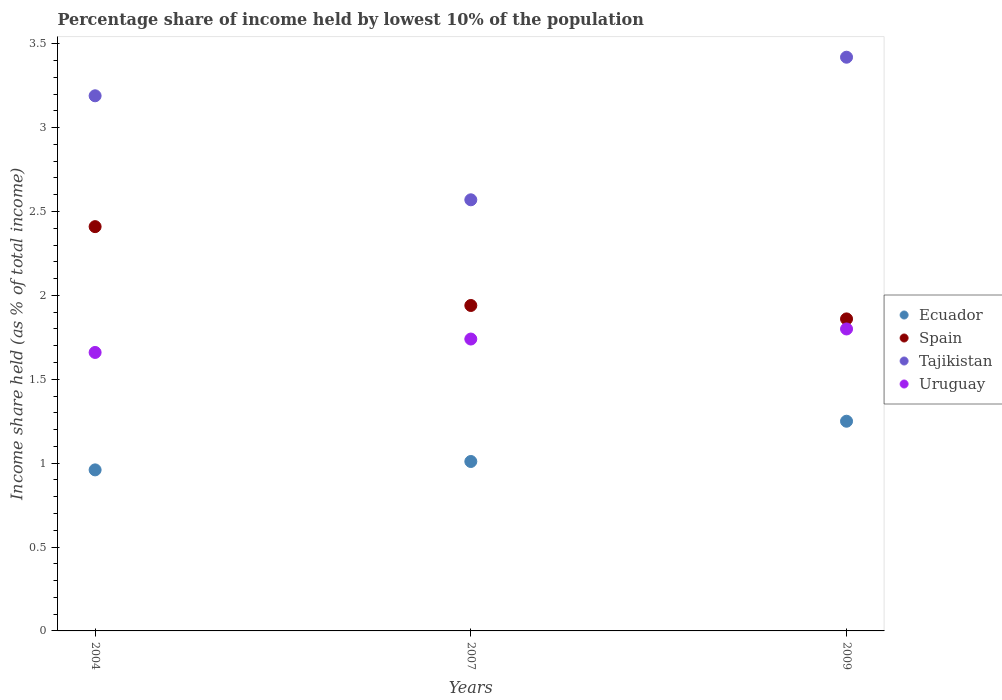
| Years | Ecuador | Spain | Tajikistan | Uruguay |
 | --- | --- | --- | --- | --- |
 | 2004 | 0.96 | 2.41 | 3.19 | 1.66 |
 | 2007 | 1.01 | 1.94 | 2.57 | 1.74 |
 | 2009 | 1.25 | 1.86 | 3.42 | 1.8 |